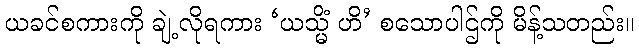
ယခင်စကားကို ချဲ့လိုရကား ‘ယသ္မိံ ဟိ’ စသောပါဌ်ကို မိန့်သတည်း။